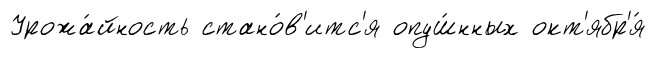
Урожа́йность стано́в'итс'я опуш́нных окт'ябр'я́